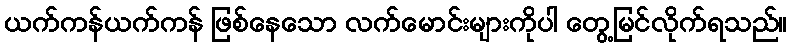
ယက်ကန်ယက်ကန် ဖြစ်နေသော လက်မောင်းများကိုပါ တွေ့မြင်လိုက်ရသည်။